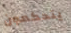
يتحكمون